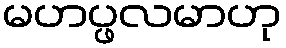
မဟပ္ဖလမာဟု